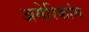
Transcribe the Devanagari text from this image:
अमेरिकांस